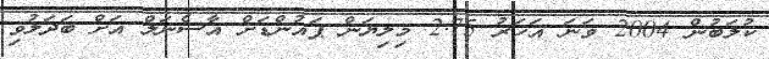
ކުލަބުން 2004 ވަނަ އަހަރު 2.75 މިލިޔަން ޕައުންޑަށް އާސެނަލް އަށް ބަދަލުވި